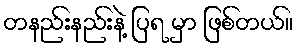
တနည်းနည်းနဲ့ ပြရ မှာ ဖြစ်တယ်။